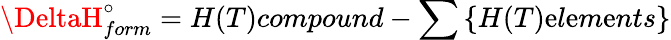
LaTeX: \DeltaH_{form}^{\circ}=H(T)compound-\sum\left\{ H(T)\mathrm{e}l\mathrm{e}m\mathrm{e}nts\right\}